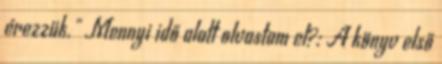
érezzük." Mennyi idő alatt olvastam el?: A könyv első